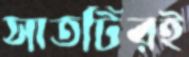
সাতটিরই